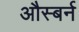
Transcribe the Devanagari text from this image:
औस्बर्न